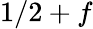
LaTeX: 1/2+f